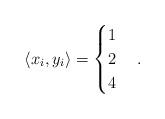
LaTeX: \begin{align*} \langle x_i, y_i\rangle =\begin{cases} 1 \\2 \\4 \end{cases} .\end{align*}